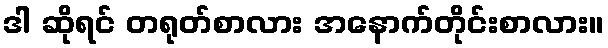
ဒါ ဆိုရင် တရုတ်စာလား အနောက်တိုင်းစာလား။